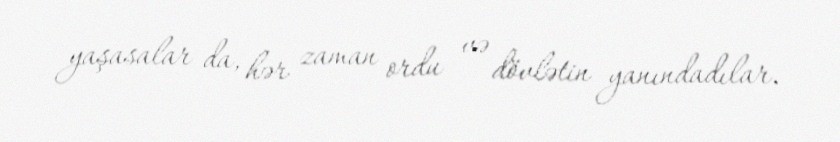
yaşasalar da, hər zaman ordu və dövlətin yanındadılar.